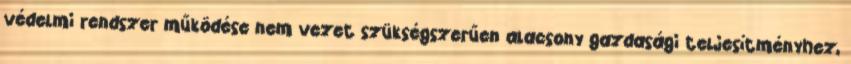
védelmi rendszer működése nem vezet szükségszerűen alacsony gazdasági teljesítményhez,